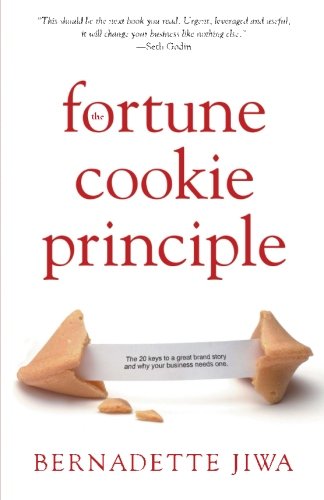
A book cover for The Fortune Cookie Principle: The 20 keys to a great brand story and why your business needs one.; Bernadette Jiwa; Business & Money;